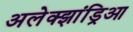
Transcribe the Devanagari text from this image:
अलेक्झांड्रिआ